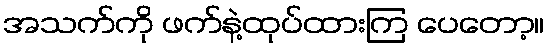
အသက်ကို ဖက်နဲ့ထုပ်ထားကြ ပေတော့။